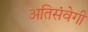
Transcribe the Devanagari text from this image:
अतिसंवेगी